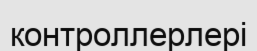
контроллерлері